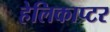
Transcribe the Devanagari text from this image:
हेलिकाप्‍टर